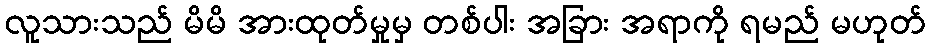
လူသားသည် မိမိ အားထုတ်မှုမှ တစ်ပါး အခြား အရာကို ရမည် မဟုတ်